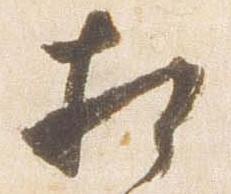
相